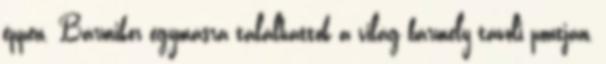
éppen. Bármikor egymásra találhattok a világ bármely távoli pontján,